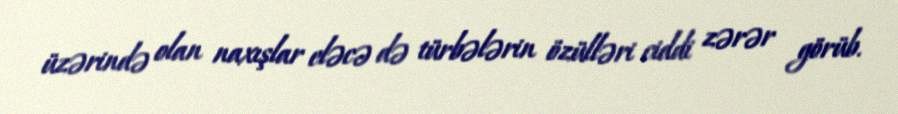
üzərində olan naxışlar eləcə də türbələrin özülləri ciddi zərər görüb.